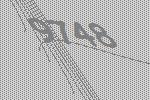
9748